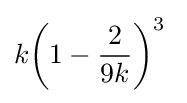
k{\bigg (}1-{\frac {2}{9k}}{\bigg )}^{3}\;